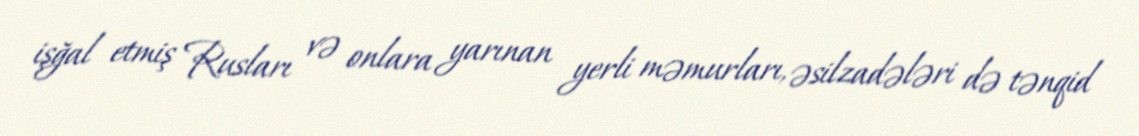
işğal etmiş Rusları və onlara yarınan yerli məmurları, əsilzadələri də tənqid